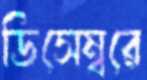
ডিসেম্বরে